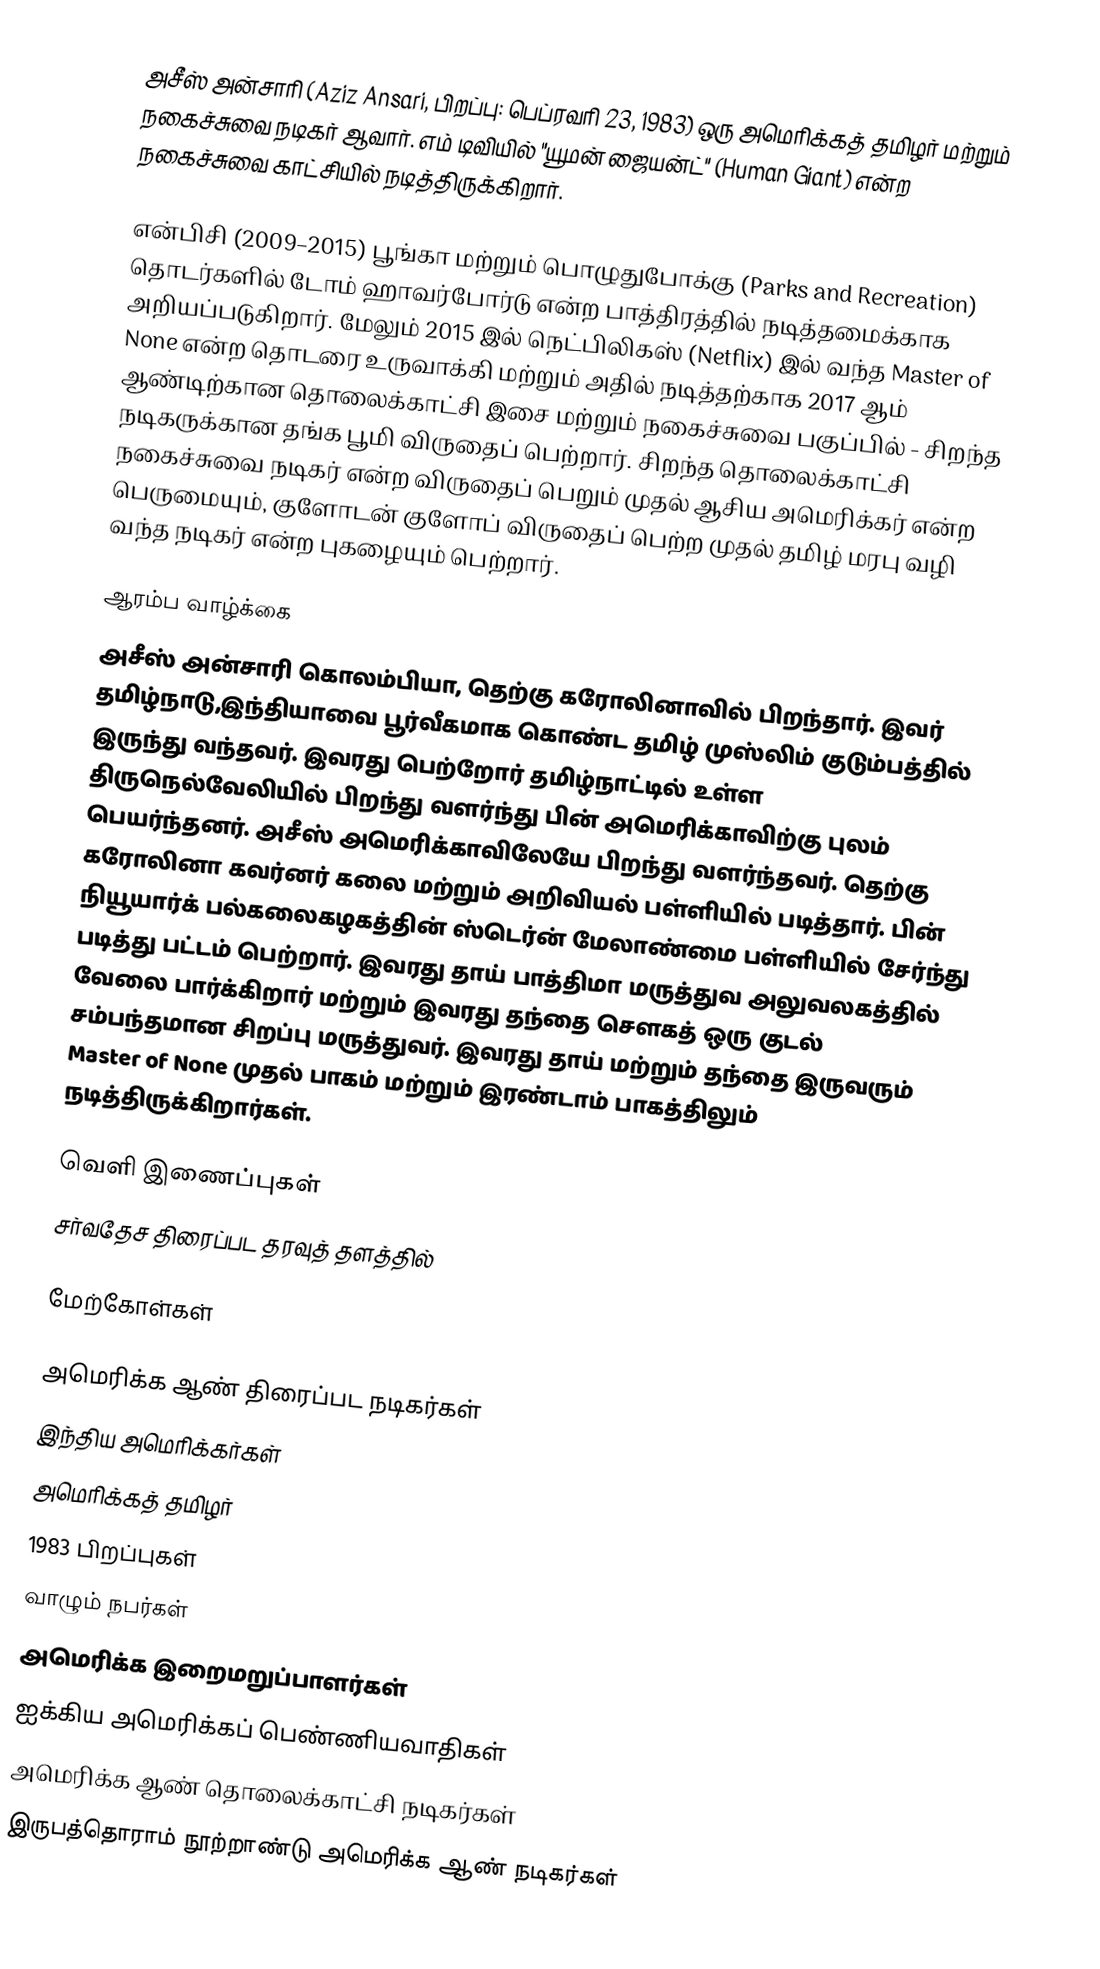
அசீஸ் அன்சாரி (Aziz Ansari, பிறப்பு: பெப்ரவரி 23, 1983) ஒரு அமெரிக்கத் தமிழர் மற்றும் நகைச்சுவை நடிகர் ஆவார். எம் டிவியில் "யூமன் ஜையன்ட்" (Human Giant) என்ற நகைச்சுவை காட்சியில் நடித்திருக்கிறார்.

என்பிசி (2009–2015) பூங்கா மற்றும் பொழுதுபோக்கு (Parks and Recreation)  தொடர்களில் டோம் ஹாவர்போர்டு என்ற பாத்திரத்தில் நடித்தமைக்காக அறியப்படுகிறார். மேலும் 2015 இல் நெட்பிலிகஸ் (Netflix) இல் வந்த Master of None என்ற தொடரை உருவாக்கி மற்றும் அதில் நடித்தற்காக 2017 ஆம் ஆண்டிற்கான தொலைக்காட்சி இசை மற்றும் நகைச்சுவை பகுப்பில் -  சிறந்த நடிகருக்கான  தங்க பூமி விருதைப் பெற்றார். சிறந்த தொலைக்காட்சி நகைச்சுவை நடிகர் என்ற விருதைப் பெறும் முதல் ஆசிய அமெரிக்கர் என்ற பெருமையும், குளோடன் குளோப் விருதைப் பெற்ற முதல் தமிழ் மரபு வழி வந்த நடிகர் என்ற புகழையும் பெற்றார்.

ஆரம்ப வாழ்க்கை
அசீஸ் அன்சாரி கொலம்பியா, தெற்கு கரோலினாவில் பிறந்தார். இவர் தமிழ்நாடு,இந்தியாவை பூர்வீகமாக கொண்ட தமிழ் முஸ்லிம் குடும்பத்தில் இருந்து வந்தவர். இவரது பெற்றோர் தமிழ்நாட்டில் உள்ள திருநெல்வேலியில் பிறந்து வளர்ந்து பின் அமெரிக்காவிற்கு புலம் பெயர்ந்தனர். அசீஸ் அமெரிக்காவிலேயே பிறந்து வளர்ந்தவர். தெற்கு கரோலினா கவர்னர் கலை மற்றும் அறிவியல் பள்ளியில் படித்தார். பின் நியூயார்க் பல்கலைகழகத்தின் ஸ்டெர்ன் மேலாண்மை பள்ளியில் சேர்ந்து படித்து பட்டம் பெற்றார். இவரது தாய் பாத்திமா மருத்துவ அலுவலகத்தில் வேலை பார்க்கிறார் மற்றும் இவரது தந்தை செளகத் ஒரு குடல் சம்பந்தமான சிறப்பு மருத்துவர்.  இவரது தாய் மற்றும் தந்தை இருவரும் Master of None முதல் பாகம் மற்றும் இரண்டாம் பாகத்திலும் நடித்திருக்கிறார்கள்.

வெளி இணைப்புகள்
 சர்வதேச திரைப்பட தரவுத் தளத்தில்

மேற்கோள்கள்

அமெரிக்க ஆண் திரைப்பட நடிகர்கள்
இந்திய அமெரிக்கர்கள்
அமெரிக்கத் தமிழர்
1983 பிறப்புகள்
வாழும் நபர்கள்
அமெரிக்க இறைமறுப்பாளர்கள்
ஐக்கிய அமெரிக்கப் பெண்ணியவாதிகள்
அமெரிக்க ஆண் தொலைக்காட்சி நடிகர்கள்
இருபத்தொராம் நூற்றாண்டு அமெரிக்க ஆண் நடிகர்கள்